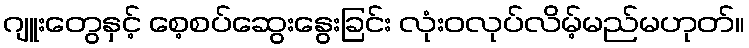
ဂျူးတွေနှင့် စေ့စပ်ဆွေးနွေးခြင်း လုံးဝလုပ်လိမ့်မည်မဟုတ်။